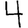
Digit: 4